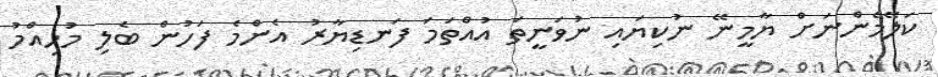
ކަލޭމެންނަށް ޔާމީނޭ ނުކިޔައި ނުވަނީތަ އުއްތަމަ ފަނޑިޔާރު އެންމެ ފަހުން ބެލި މުހިއްމު